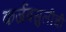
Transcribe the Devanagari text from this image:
कर्जवसुलीची